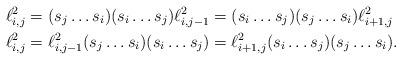
LaTeX: \begin{align*}\ell_{i,j}^{2}&= (s_{j} \ldots s_{i})(s_{i} \ldots s_{j})\ell_{i,j-1}^{2}= (s_{i} \ldots s_{j})(s_{j} \ldots s_{i})\ell_{i+1,j}^{2}\\ \ell_{i,j}^{2}&= \ell_{i,j-1}^{2}(s_{j} \ldots s_{i})(s_{i} \ldots s_{j})= \ell_{i+1,j}^{2}(s_{i} \ldots s_{j})(s_{j} \ldots s_{i}). \end{align*}